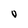
Character: O